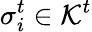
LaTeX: \sigma_{i}^{t}\in\mathcal{K}^{t}